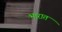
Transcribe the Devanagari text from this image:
भारात